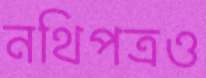
নথিপত্রও